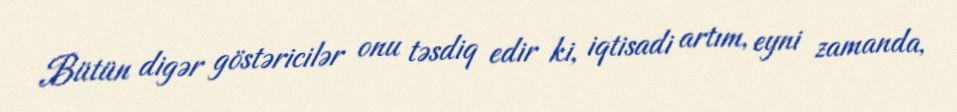
Bütün digər göstəricilər onu təsdiq edir ki, iqtisadi artım, eyni zamanda,